Lunatic asylums Central Provinces reports 1886-1894 - 1886-1894
Year: 1886
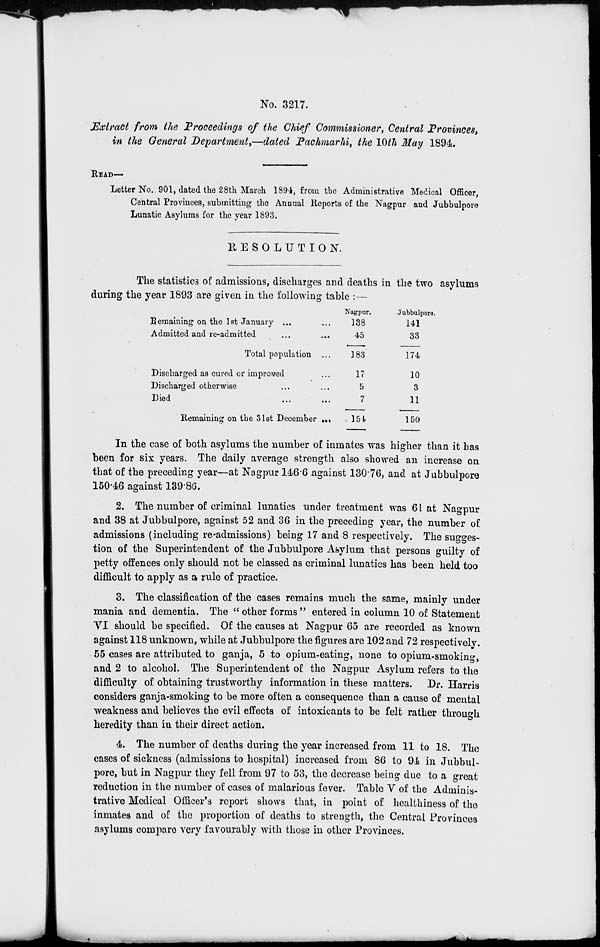
No. 3217.
Extract from the Proceedings of the Chief Commissioner, Central Provinces,
in the General Department,—dated Pachmarhi, the 10th May 1894.
READ—
Letter No. 901, dated the 28th March 1894, from the Administrative Medical Officer,
Central Provinces, submitting the Annual Reports of the Nagpur and Jubbulpore
Lunatic Asylums for the year 1893.
RESOLUTION.
The statistics of admissions, discharges and deaths in the two asylums
during the year 1893 are given in the following table :—
Remaining on the 1st January ... ...
Admitted and re-admitted ... ...
Total population ...
Discharged as cured or improved...
Discharged otherwise... ...
Died ... ... ...
Remaining on the 31st December ...
Nagpur.
138
45
183
17
5
7
154
Jubbulpore.
141
33
174
10
3
11
150
In the case of both asylums the number of inmates was higher than it has
been for six years. The daily average strength also showed an increase on
that of the preceding year—at Nagpur 146.6 against 130.76, and at Jubbulpore
150.46 against 139.86.
2. The number of criminal lunatics under treatment was 61 at Nagpur
and 38 at Jubbulpore, against 52 and 36 in the preceding year, the number of
admissions (including re-admissions) being 17 and 8 respectively. The sugges-
tion of the Superintendent of the Jubbulpore Asylum that persons guilty of
petty offences only should not be classed as criminal lunatics has been held too
difficult to apply as a rule of practice.
3. The classification of the cases remains much the same, mainly under
mania and dementia. The " other forms " entered in column 10 of Statement
VI should be specified. Of the causes at Nagpur 65 are recorded as known
against 118 unknown, while at Jubbulpore the figures are 102 and 72 respectively.
55 cases are attributed to ganja, 5 to opium-eating, none to opium-smoking,
and 2 to alcohol. The Superintendent of the Nagpur Asylum refers to the
difficulty of obtaining trustworthy information in these matters. Dr. Harris
considers ganja-smoking to be more often a consequence than a cause of mental
weakness and believes the evil effects of intoxicants to be felt rather through
heredity than in their direct action.
4. The number of deaths during the year increased from 11 to 18. The
cases of sickness (admissions to hospital) increased from 86 to 94 in Jubbul-
pore, but in Nagpur they fell from 97 to 53, the decrease being due to a great
reduction in the number of cases of malarious fever. Table V of the Adminis-
trative Medical Officer's report shows that, in point of healthiness of the
inmates and of the proportion of deaths to strength, the Central Provinces
asylums compare very favourably with those in other Provinces.